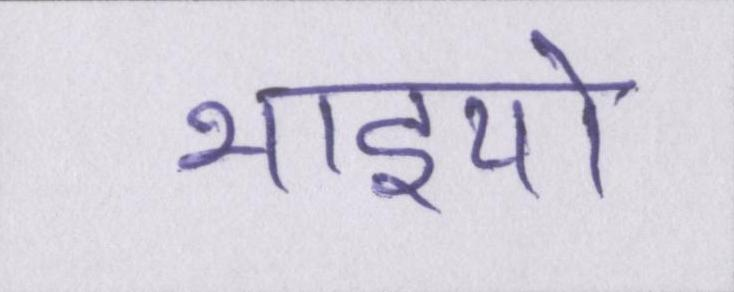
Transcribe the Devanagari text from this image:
भाइयो